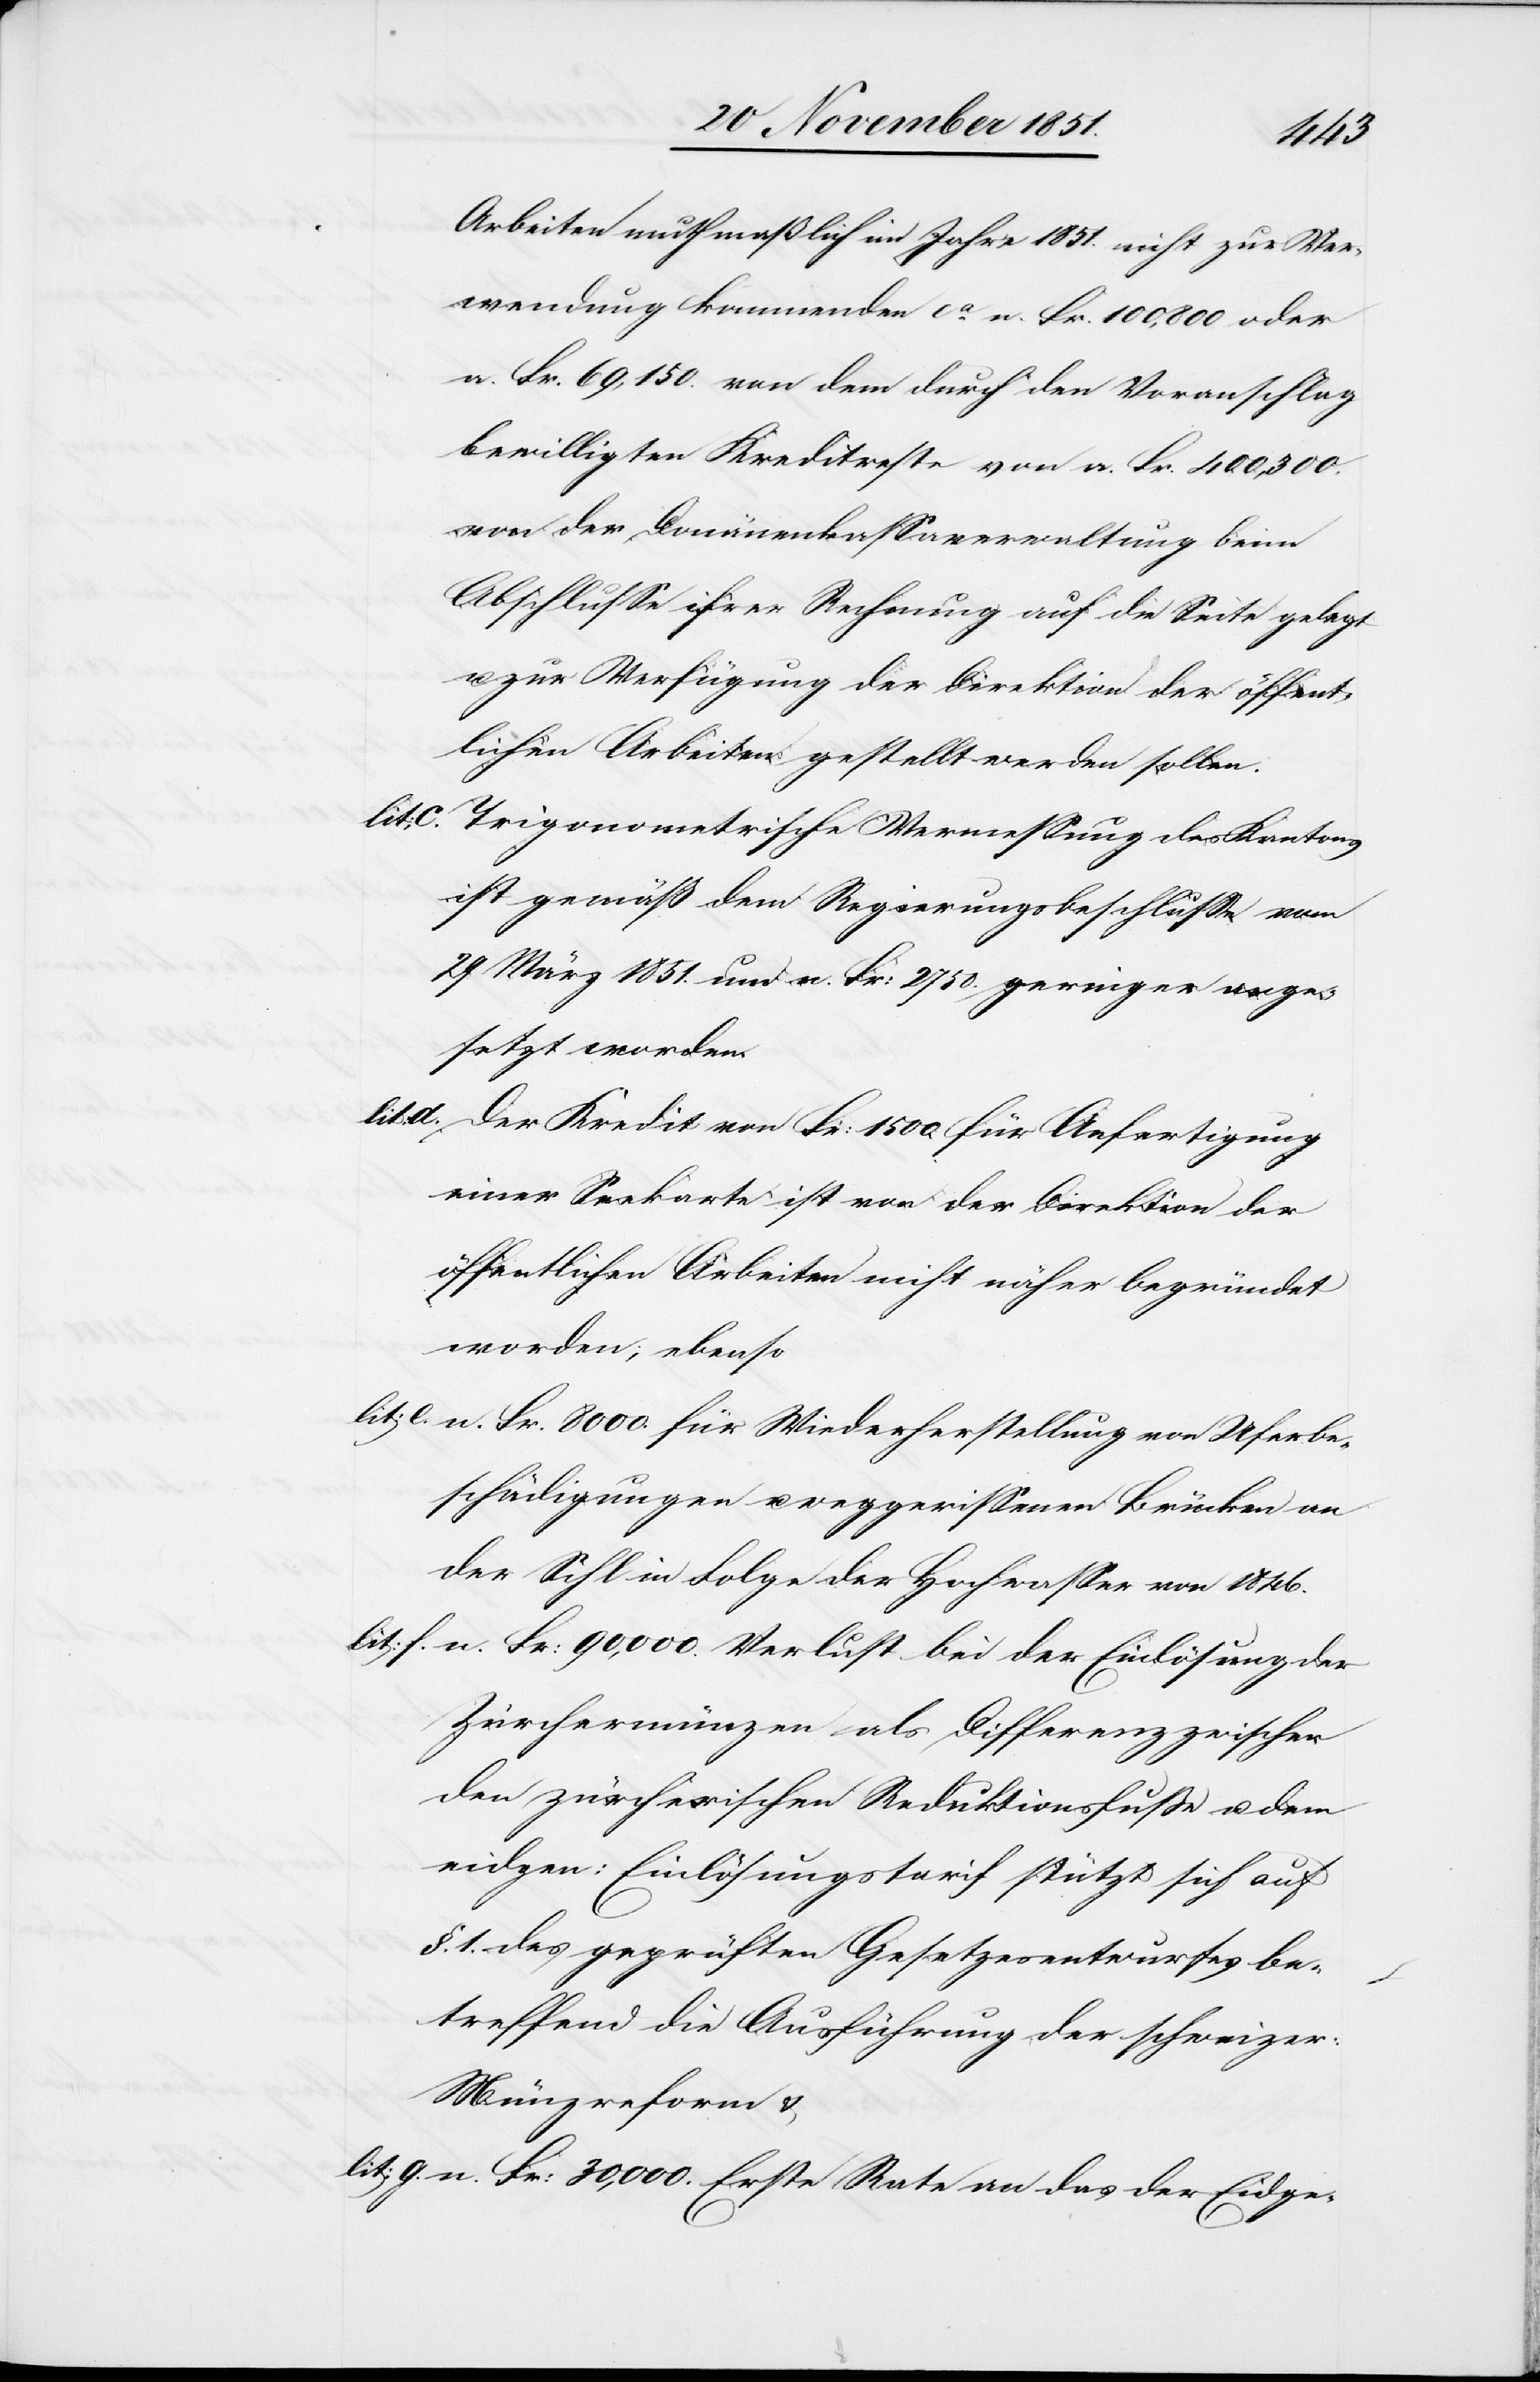
Arbeiten muthmaßlich im Jahre 1851. nicht zur Ver¬
wendung kommenden ca. n. Fr. 100,800 oder
a. Fr. 69,150. von dem durch den Voranschlag
bewilligten Kreditreste von a. Fr. 400,300.
von der Donänenkassaverwaltung [recte:
Abschlusse ihrer Rechnung auf die Seite gelegt
u. zur Verfügung der Direktion der öffent¬
lichen Arbeiten gestellt werden sollen.
lit:
Trigonometrische Vermessung des Kantons
ist gemäß dem Regierungsbeschlusse vom
29 März 1851. um n. Fr: 2750. geringer ange¬
setzt worden.
Der Kredit von Fr: 1500. für Anfertigung
einer Seekarte ist von der Direktion der
öffentlichen Arbeiten nicht näher begründet
worden; ebenso
n. Fr. 8000. für Wiederherstellung von Uferbe¬
schädigungen u. weggerissenen Brücken an
der Sihl in Folge der Hochwasser von 1846.
n. Fr: 90,000. Verlust bei der Einlösung der
Zürchermünzen als Differenz zwischen
zürcherischen Reduktionsfuße u. dem
eidgen: Einlösungstarif stützt sich auf
§. 1. des geprüften Gesetzesentwurfes be¬
treffend die Ausführung der schweizer:
Münzreform &
n. Fr: 30,000. Erste Rate an das der Eidge-